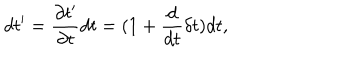
d t ^ { \prime } = \frac { \partial t ^ { \prime } } { \partial t } d t = ( 1 + \frac { d } { d t } \delta t ) d t ,